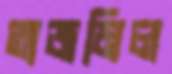
তাজমিল